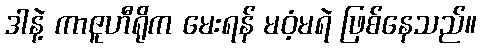
ဒါနဲ့ ကာဇူဟီရိုက မေးရန် မဝံ့မရဲ ဖြစ်နေသည်။